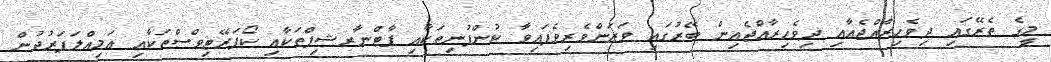
މީގެ ތެރޭގައި ދިވެހިރާއްޖެއާއި ދިވެހިރާއްޖެއިން ބޭރުގައި ވަޒަންވެރިވެފައިވާ ކުންފުނިތަކާއި ޕާޓްނާރޝިޕްތަކާއި ކޯޕަރޭޓިވްސްތަކާއި އަމިއްލަފަރުދުން